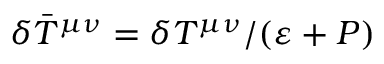
\delta \bar { T } ^ { \mu \nu } = \delta T ^ { \mu \nu } / ( \varepsilon + P )